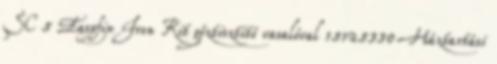
SC 5 Easyfix Iron Kit gőztisztító vasalóval 15125330 Háztartási